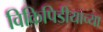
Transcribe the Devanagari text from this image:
विकिपिडीयाच्या